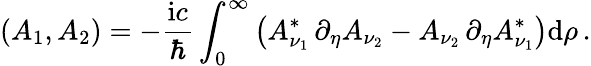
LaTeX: \left(A_{1},A_{2}\right)=-\frac{\mathrm{i}c}{\hbar}\int_{0}^{\infty}\left(A_{\nu_{1}}^{*}\, \partial_{\eta}A_{\nu_{2}}-A_{\nu_{2}}\, \partial_{\eta}A_{\nu_{1}}^{*}\right)\mathrm{d}\rho\, .